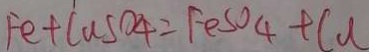
F e + C u S O _ { 4 } = F e S O _ { 4 } + C u